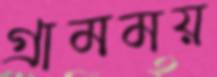
গ্রামময়